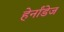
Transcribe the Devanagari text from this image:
हेर्नांडेज